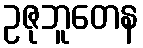
ဥဇုဘူတေန